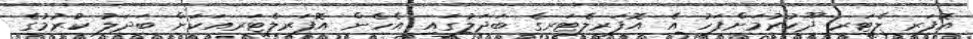
އޮފަރ ލެޓަރ ދޫކުރުމަށްފަހު އެ އޮފަރލެޓަރގެ ބަދަލުގައި އެހެން އޮފަރލެޓަރއަކަށް ބަދަލު ކުރުމުގެ